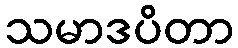
သမာဒပိတာ